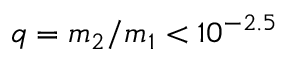
q = m _ { 2 } / m _ { 1 } < 1 0 ^ { - 2 . 5 }